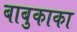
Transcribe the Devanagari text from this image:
बाबुकाका